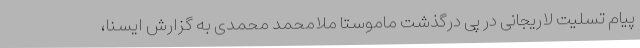
پیام تسلیت لاریجانی در پی درگذشت ماموستا ملامحمد محمدی به گزارش ایسنا،